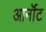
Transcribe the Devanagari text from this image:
आर्नॉट